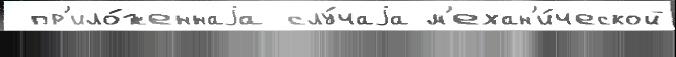
 пр'ило́женнаjа слу́чаjа м'ехан'и́ческой